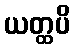
ယတ္ထပိ